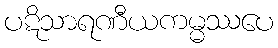
ပဋိသာရဏီယကမ္မဿပေ